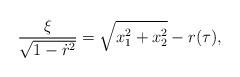
LaTeX: \begin{align*}\frac{\xi}{\sqrt{1-\dot{r}^{2}}}= \sqrt{x^{2}_{1}+x^{2}_{2}}-r(\tau),\end{align*}